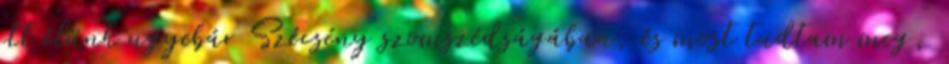
itt élünk ugyebár Szécsény szomszédságában, és most tudtam meg,